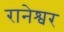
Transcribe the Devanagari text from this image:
रानेश्वर